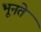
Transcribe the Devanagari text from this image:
भूनते